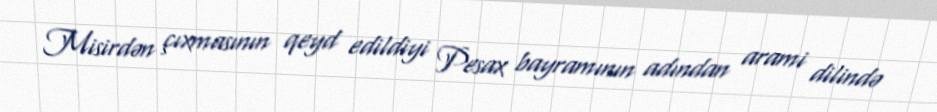
Misirdən çıxmasının qeyd edildiyi Pesax bayramının adından arami dilində